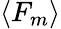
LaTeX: \langle F_{m}\rangle